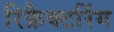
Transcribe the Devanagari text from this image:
रिफ्रैक्टरिंग